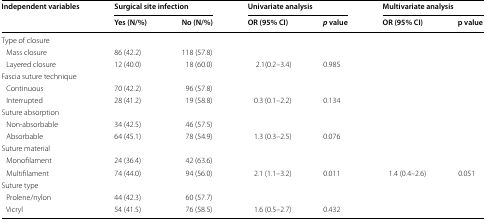
| <ROWSPAN=2> Independent variables | <COLSPAN=2> Surgical site infection | <COLSPAN=2> Univariate analysis | <COLSPAN=2> Multivariate analysis |
 | Yes (N/%) | No (N/%) | OR (95% CI) | p value | OR (95% CI) | p value |
 | --- | --- | --- | --- | --- | --- | --- |
 | <COLSPAN=7> Type of closure |
 | Mass closure | 86 (42.2) | 118 (57.8) |  |  |  |  |
 | Layered closure | 12 (40.0) | 18 (60.0) | 2.1(0.2–3.4) | 0.985 |  |  |
 | <COLSPAN=7> Fascia suture technique |
 | Continuous | 70 (42.2) | 96 (57.8) |  |  |  |  |
 | Interrupted | 28 (41.2) | 19 (58.8) | 0.3 (0.1–2.2) | 0.134 |  |  |
 | <COLSPAN=7> Suture absorption |
 | Non-absorbable | 34 (42.5) | 46 (57.5) |  |  |  |  |
 | Absorbable | 64 (45.1) | 78 (54.9) | 1.3 (0.3–2.5) | 0.076 |  |  |
 | <COLSPAN=7> Suture material |
 | Monofilament | 24 (36.4) | 42 (63.6) |  |  |  |  |
 | Multifilament | 74 (44.0) | 94 (56.0) | 2.1 (1.1–3.2) | 0.011 | 1.4 (0.4–2.6) | 0.051 |
 | <COLSPAN=7> Suture type |
 | Prolene/nylon | 44 (42.3) | 60 (57.7) |  |  |  |  |
 | Vicryl | 54 (41.5) | 76 (58.5) | 1.6 (0.5–2.7) | 0.432 |  |  |